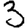
Digit: 3